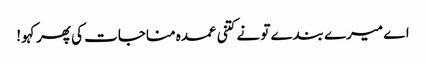
اے میرے بندے تو نے کتنی عمدہ مناجات کی پھر کہو !